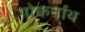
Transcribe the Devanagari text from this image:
गोकर्नाथ